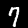
Digit: 7